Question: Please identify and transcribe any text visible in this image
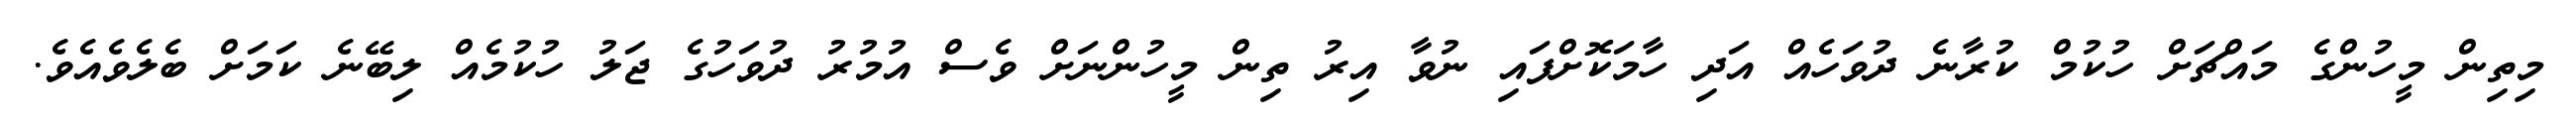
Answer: މިތިން މީހުންގެ މައްޗަށް ހުކުމް ކުރާނެ ދުވަހެއް އަދި ހާމަކޮށްފައި ނުވާ އިރު ތިން މީހުންނަށް ވެސް އުމުރު ދުވަހުގެ ޖަލު ހުކުމެއް ލިބޭނެ ކަމަށް ބެލެވެއެވެ.